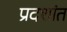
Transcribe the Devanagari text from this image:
प्रदशांत